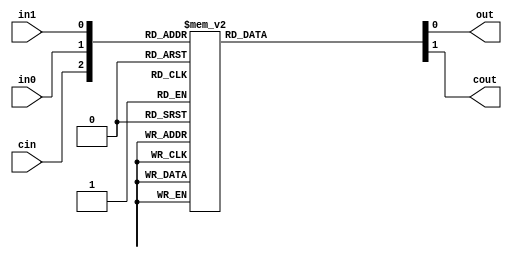
`timescale 1us/100ns
module one_bit_adder (cin, in0, in1, out, cout);
  input cin, in0, in1;
  output out, cout;
  reg one_bit_out;
  reg one_bit_cout;
  assign out = one_bit_out;
  assign cout = one_bit_cout;

  always @ (*)
  begin
    case({cin, in0, in1})
      3'b000: begin
        one_bit_out = 0;
        one_bit_cout = 0;
        end
      3'b001: begin
        one_bit_out = 1;
        one_bit_cout = 0;
        end 
      3'b010: begin
        one_bit_out = 1;
        one_bit_cout = 0;
        end
      3'b011: begin
        one_bit_out = 0;
        one_bit_cout = 1;
        end
      3'b100: begin
        one_bit_out = 1;
        one_bit_cout = 0;
        end
      3'b101: begin
        one_bit_out = 0;
        one_bit_cout = 1;
        end
      3'b110: begin
        one_bit_out = 0;
        one_bit_cout = 1;
        end
      3'b111: begin
        one_bit_out = 1;
        one_bit_cout = 1;
        end
    endcase
  end
endmodule